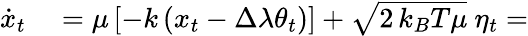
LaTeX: \begin{array}{rl}{\dot{x}_{t}}&{{}=\mu\left[-k\left(x_{t}-\Delta\lambda\theta_{t}\right)\right]+\sqrt{2\, k_{B}T\mu}~\eta_{t}=}\end{array}